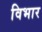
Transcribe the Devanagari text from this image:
विभार